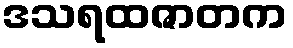
ဒသရထဇာတက